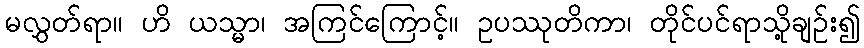
မလွှတ်ရာ။ ဟိ ယသ္မာ၊ အကြင်ကြောင့်။ ဥပဿုတိကာ၊ တိုင်ပင်ရာသို့ချဉ်း၍